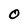
Character: O